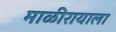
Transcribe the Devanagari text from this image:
माळीरायाला